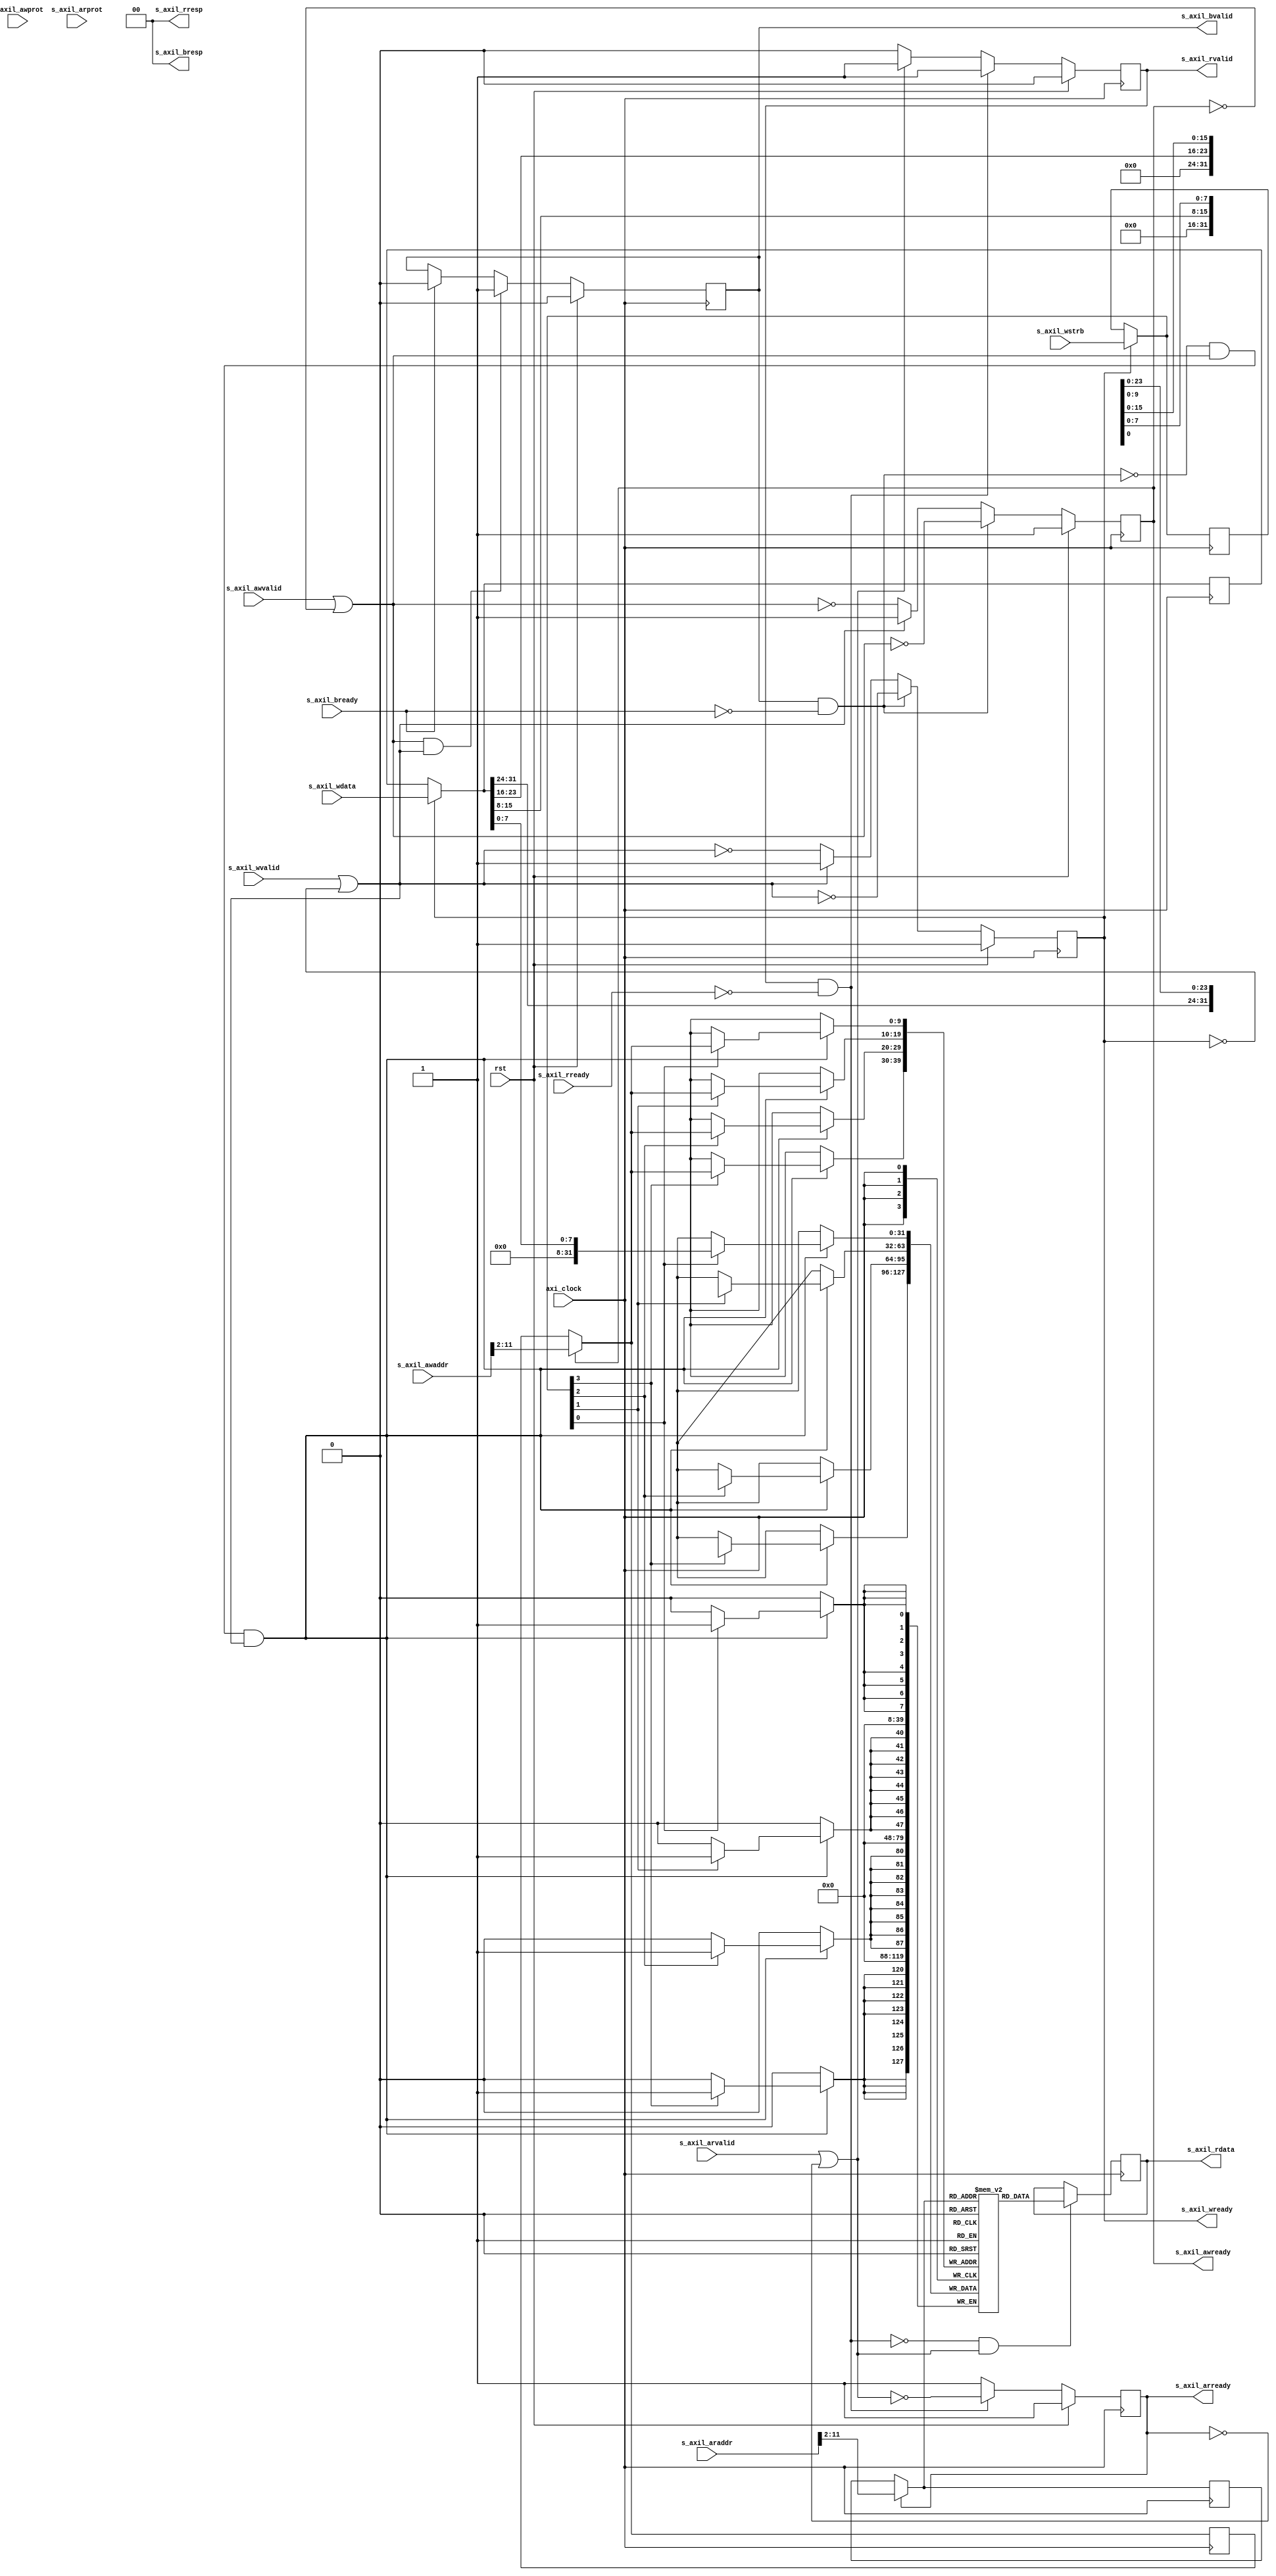
`default_nettype none

//if there are no external interface for the registers the compiler 
//uses block rams to create the axi_reg, if there is an external reg
//it uses luts

module s_axil_reg #(
    parameter DATA_WIDTH = 32,
    parameter ADDR_WIDTH = 10
) (
    input wire axi_clock, 
    input wire rst, 
    //write address channel
    input wire [ADDR_WIDTH+1:0] s_axil_awaddr,
    input wire [2:0] s_axil_awprot,
    input wire s_axil_awvalid,
    output wire s_axil_awready,
    //write data channel
    input wire [DATA_WIDTH-1:0] s_axil_wdata,
    input wire [DATA_WIDTH/8-1:0] s_axil_wstrb,
    input wire s_axil_wvalid,
    output wire s_axil_wready,
    //write response channel 
    output wire [1:0] s_axil_bresp,
    output wire s_axil_bvalid,
    input wire s_axil_bready,
    //read address channel
    input wire [ADDR_WIDTH+1:0] s_axil_araddr,
    input wire s_axil_arvalid,
    output wire s_axil_arready,
    input wire [2:0] s_axil_arprot,
    //read data channel
    output wire [DATA_WIDTH-1:0] s_axil_rdata,
    output wire [1:0] s_axil_rresp,
    output wire s_axil_rvalid,
    input wire s_axil_rready
);

//axi registers
reg axi_awready=1;
reg axi_wready =1;
reg axi_bvalid =0;
reg axi_arready=1;
reg [DATA_WIDTH-1:0] axi_rdata=0;
reg axi_rvalid=0;


//registers,
//check how this is implemented

//(* ram_style = "distributed" *)  //directive to xst
reg [DATA_WIDTH-1:0] axi_reg [2**ADDR_WIDTH-1:0];
integer i;
initial begin
    for(i=0; i<2**ADDR_WIDTH-1; i=i+1)
        axi_reg[i] = 0;
end

//assign each ouptut with its register version
assign s_axil_awready = axi_awready;
assign s_axil_wready = axi_wready;
assign s_axil_bresp = 2'b00;    //ok
assign s_axil_arready = axi_arready;
assign s_axil_rdata = axi_rdata;
assign s_axil_rresp = 2'b00;
assign s_axil_rvalid = axi_rvalid;
assign s_axil_bvalid = axi_bvalid;

//read side. The idea of this implementation is to use a buufer to handle
//consecutives request. If there is a request and the previous one
//is stalled the arready is lowered.

//flags 
wire valid_read_req, read_resp_stall;
assign valid_read_req = s_axil_arvalid || !s_axil_arready;  //
assign read_resp_stall = s_axil_rvalid && ~s_axil_rready;


always@(posedge axi_clock)begin
    if(rst)
        axi_rvalid <=0;
    else if(read_resp_stall)begin
        //we keep the output in one until is accepted
        axi_rvalid <= 1;
    end
    else if(valid_read_req)
        axi_rvalid <=1;
    else
        axi_rvalid <=0;
end

reg [ADDR_WIDTH-1:0] pre_raddr=0, rd_addr=0;
always@(posedge axi_clock)begin
    if(s_axil_arready)
        pre_raddr <= s_axil_araddr[ADDR_WIDTH+1:2];
end

always@(*)begin
    if(!axi_arready)
        rd_addr = pre_raddr;
    else
        rd_addr = s_axil_araddr[ADDR_WIDTH+1:2];
end

//read the data if i am not stalled
always@(posedge axi_clock)begin
    if(!read_resp_stall & valid_read_req)
        axi_rdata <= axi_reg[rd_addr];
end

//read addr ready signal
always@(posedge axi_clock)begin
    if(rst)
        axi_arready <= 1;
    else if(read_resp_stall)begin
        //if stalled, wait until the buffer is free
        axi_arready <= ~valid_read_req;
    end
    else
        axi_arready <= 1;
end

//write side. Follows the same idea

reg [ADDR_WIDTH-1:0] pre_waddr=0, waddr=0;
reg [DATA_WIDTH-1:0] pre_wdata=0, wdata=0;
reg [DATA_WIDTH/8-1:0] pre_wstrb=0, wstrb=0;

wire valid_write_addr, valid_write_data, write_resp_stall;

assign valid_write_addr = s_axil_awvalid || ~axi_awready;
assign valid_write_data = s_axil_wvalid || ~axi_wready;
assign write_resp_stall = s_axil_bvalid && ~s_axil_bready;


//write addr ready signal
always@(posedge axi_clock)begin
    if(rst)
        axi_awready <= 1;
    else if(write_resp_stall)begin
        axi_awready <= !valid_write_addr;
    end
    else if(valid_write_data)begin
        axi_awready <= 1;
    end
    else begin
        //axi_awready <= axi_awready &~s_axil_awvalid;
        axi_awready <= ~valid_write_addr;
    end
end

//write data ready signal
always@(posedge axi_clock)begin
    if(rst)
        axi_wready <= 1;
    else if(write_resp_stall)
        axi_wready <= !valid_write_data;
    else if(valid_write_data)
        axi_wready <= 1;
    else begin
        //axi_wready <= axi_wready & ~s_axil_wvalid;
        axi_wready <= ~valid_write_data;
    end
end


//buffer the addr
always@(posedge axi_clock)begin
    if(s_axil_awready)
        pre_waddr <= s_axil_awaddr[ADDR_WIDTH+1:2];
end

always@(posedge axi_clock)begin
    if(s_axil_wready)begin
        pre_wdata <= s_axil_wdata;
        pre_wstrb <= s_axil_wstrb; 
    end
end

always@(*)begin
    if(~axi_awready)
        waddr = pre_waddr;
    else
        waddr = s_axil_awaddr[ADDR_WIDTH+1:2];
end

always@(*)begin
    if(~axi_wready)begin
        wdata = pre_wdata;
        wstrb = pre_wstrb;
    end
    else begin
        wdata = s_axil_wdata;
        wstrb = s_axil_wstrb;
    end
end


//write the data into the registers
//if you want to write into a register you have to add a condition here
always@(posedge axi_clock)begin
    if(~write_resp_stall & valid_write_addr & valid_write_data) begin
        if(wstrb[0])
            axi_reg[waddr][7:0] <= wdata[7:0];
        if(wstrb[1])
            axi_reg[waddr][15:8] <= wdata[15:8];
        if(wstrb[2])
            axi_reg[waddr][23:16] <= wdata[23:16];
        if(wstrb[3])
            axi_reg[waddr][31:24] <= wdata[31:24];
    end
end

//write response valid signal
always@(posedge axi_clock)begin
    if(rst)
        axi_bvalid <= 0;
    else if(valid_write_addr && valid_write_data)
        axi_bvalid <= 1;
    else if(s_axil_bready)
        axi_bvalid<=0;
end

//you could make visible some register creating an output port


endmodule